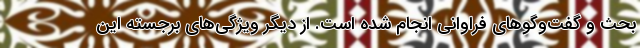
بحث و گفت‌وگوهای فراوانی انجام شده است. از دیگر ویژگی‌های برجسته این